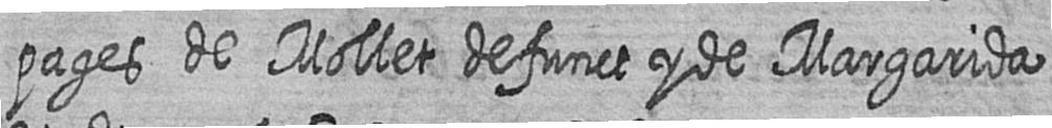
pages de Mollet defunct y de Margarida